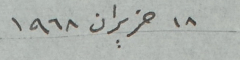
١٨ حزيران ١٩٦٨